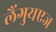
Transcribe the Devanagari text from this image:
लैंगुयएज